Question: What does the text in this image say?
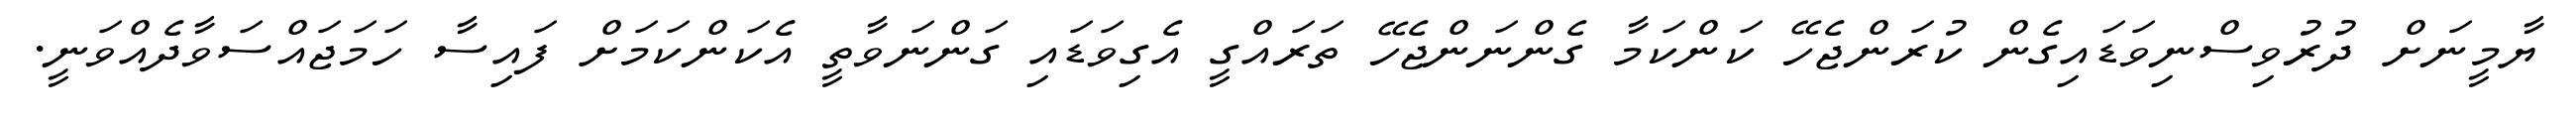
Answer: ޔާމީނަށް ދުރުވިސްނިވަޑައިގެން ކުރަންޖެހޭ ކަންކަމާ ގެންނަންޖެހޭ ތަރައްގީ އެގިވަޑައި ގަންނަވާތީ އެކަންކަމަށް ފައިސާ ހަމަޖައްސަވާދެއްވަނީ.